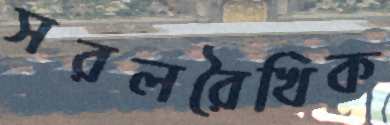
সরলরৈখিক